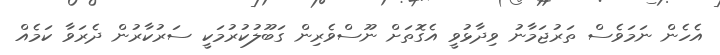
އެހެން ނަމަވެސް ތަރުޖަމާނު ވިދާޅުވީ އެގޮތަށް ނޫސްވެރިން ގަބޫލުކުރުމަކީ ސަރުކާރުން ދެރަވާ ކަމެއް